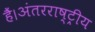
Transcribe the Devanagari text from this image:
हैं।अंतरराष्ट्रीय